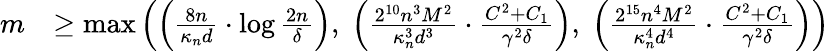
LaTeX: \begin{array}{rl}{m}&{\geq\operatorname*{max}\left(\left(\frac{8n}{\kappa_{n}{d}}\cdot\log\frac{2n}{\delta}\right),\; \left(\frac{2^{10}n^{3}M^{2}}{\kappa_{n}^{3}d^{3}}\cdot\frac{C^{2}+C_{1}}{\gamma^{2}\delta}\right),\; \left(\frac{2^{15}n^{4}M^{2}}{\kappa_{n}^{4}d^{4}}\cdot\frac{C^{2}+C_{1}}{\gamma^{2}\delta}\right)\right)}\end{array}